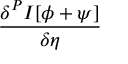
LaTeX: \frac { \delta ^ { P } I [ \phi + \psi ] } { \delta \eta }